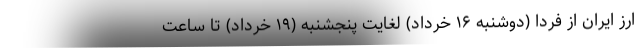
ارز ایران از فردا (دوشنبه ۱۶ خرداد) لغایت پنجشنبه (۱۹ خرداد) تا ساعت